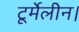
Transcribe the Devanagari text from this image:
टूर्मेलीन।